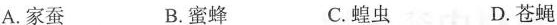
A.家蚕 B.蜜蜂 C.蝗虫 D.苍蝇